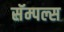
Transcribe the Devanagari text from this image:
सॅम्पल्स